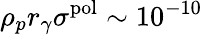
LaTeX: \rho_{p}r_{\gamma}\sigma^{\mathrm{pol}}\sim 10^{-10}